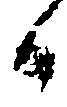
候